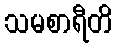
သမစာရီတိ